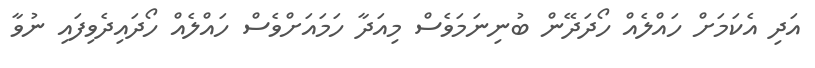
އަދި އެކަމަށް ހައްލެއް ހޯދަދޭން ބުނިނަމަވެސް މިއަދާ ހަމައަށްވެސް ހައްލެއް ހޯދައިދެވިފައި ނުވާ